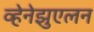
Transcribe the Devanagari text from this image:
व्हेनेझुएलन